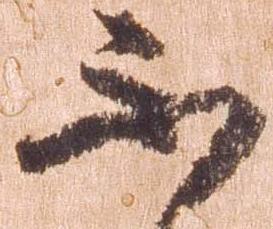
不